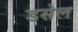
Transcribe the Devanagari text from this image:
डसेल